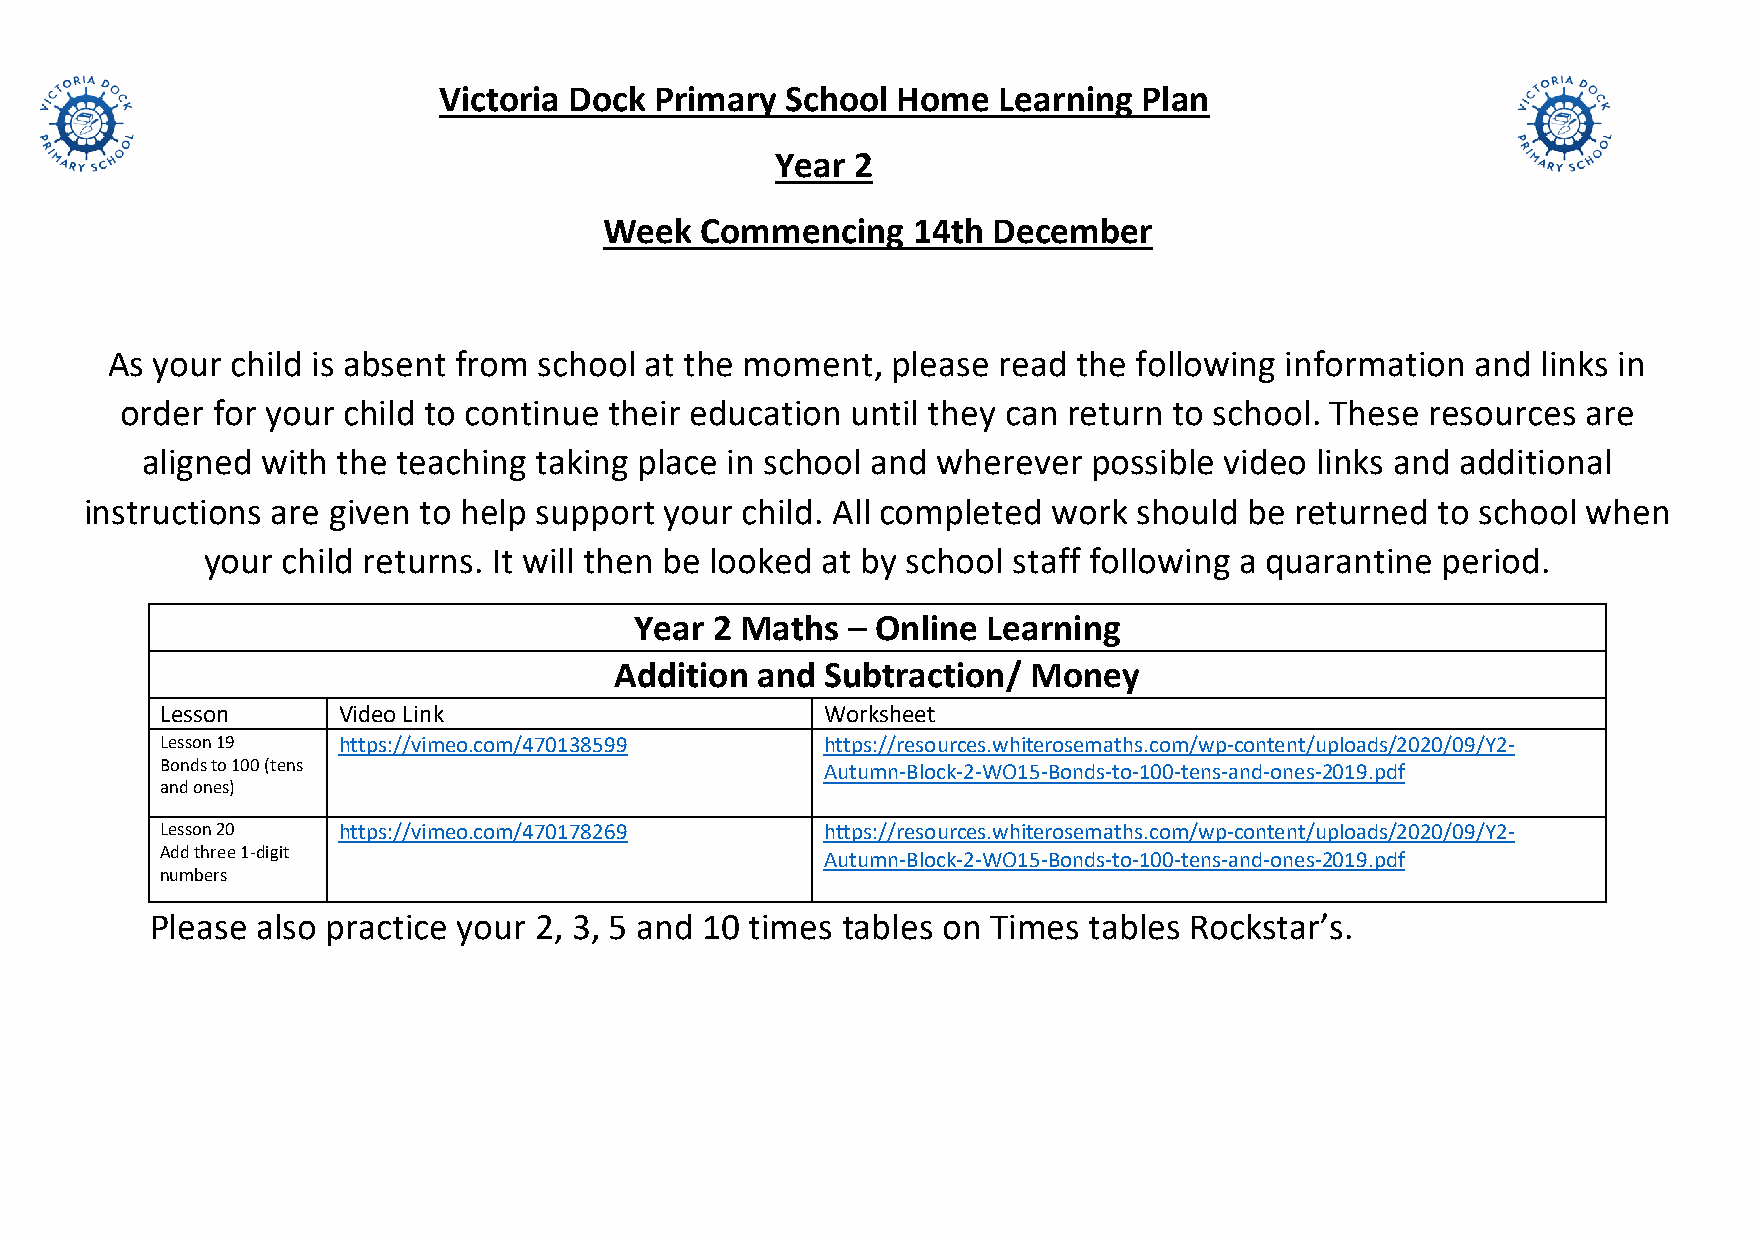
Victoria Dock Primary  School Home   Learning  Plan
 Year 2
 Week  Commencing    14th  December
 As your child is absent from school at the moment,  please read the following information  and links in
 order for your child to continue their education until they can return to school. These resources are
 aligned with the teaching taking place in school and wherever  possible video links and additional
 instructions are given to help support your child. All completed work should be returned to school when
 your  child returns. It will then be looked at by school staff following a quarantine period.
 Year 2 Maths  – Online Learning
 Addition and  Subtraction/ Money
 Lesson     Video Link                      Worksheet
 Lesson 19  https://vimeo.com/470138599     https://resources.whiterosemaths.com/wp-content/uploads/2020/09/Y2-
 Bonds to 100 (tens                         Autumn-Block-2-WO15-Bonds-to-100-tens-and-ones-2019.pdf
 and ones)
 Lesson 20  https://vimeo.com/470178269     https://resources.whiterosemaths.com/wp-content/uploads/2020/09/Y2-
 Add three 1-digit                          Autumn-Block-2-WO15-Bonds-to-100-tens-and-ones-2019.pdf
 numbers
 Please also practice your 2, 3, 5 and 10 times tables on Times tables Rockstar’s.